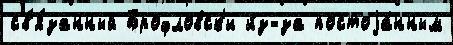
св'я́занный Брофловск'и и́з-за постоjа́нным